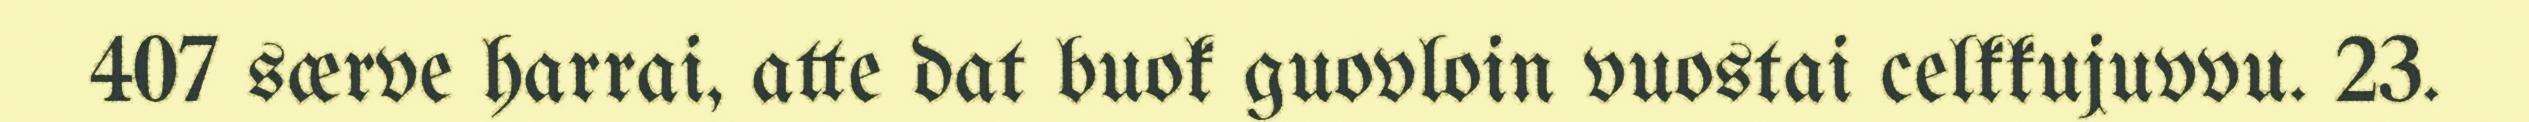
407 særve harrai, atte dat buok guovloin vuostai celkkujuvvu. 23.